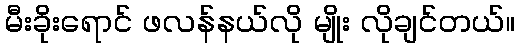
မီးခိုးရောင် ဖလန်နယ်လို မျိုး လိုချင်တယ်။